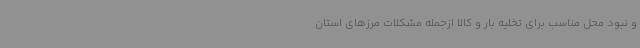
و نبود محل مناسب برای تخلیه بار و کالا ازجمله مشکلات مرزهای استان